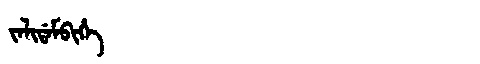
Manchu: ᠵᠠᠯᡳᡩᠠᠮᠪᡳᡥᡝ
Romanization: JALIDAMBIHE